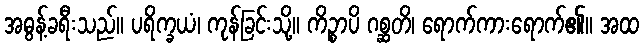
အဓွန့်ခရီးသည်။ ပရိက္ခယံ၊ ကုန်ခြင်းသို့။ ကိဉ္စာပိ ဂစ္ဆတိ၊ ရောက်ကားရောက်၏။ အထ